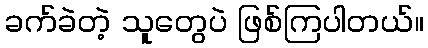
ခက်ခဲတဲ့ သူတွေပဲ ဖြစ်ကြပါတယ်။